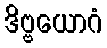
ဒိဗ္ဗယောဂံ